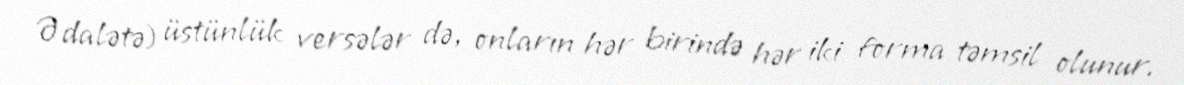
Ədalətə) üstünlük versələr də, onların hər birində hər iki forma təmsil olunur.